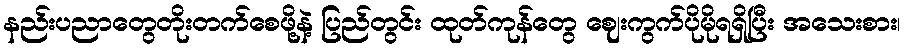
နည်းပညာတွေတိုးတက်စေဖို့နဲ့ ပြည်တွင်း ထုတ်ကုန်တွေ ဈေးကွက်ပိုမိုရရှိပြီး အသေးစား၊